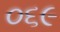
૦૬૯